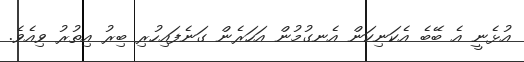
އުޅެނީ އެ ބޭބެ އެކަނިކަން އެނގުމުން އަހަރެން ގަނެފައިހުރި ބިރު އިތުރު ވިއެވެ.